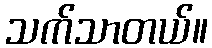
သက်သာတယ်။